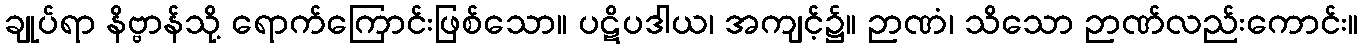
ချုပ်ရာ နိဗ္ဗာန်သို့ ရောက်ကြောင်းဖြစ်သော။ ပဋိပဒါယ၊ အကျင့်၌။ ဉာဏံ၊ သိသော ဉာဏ်လည်းကောင်း။